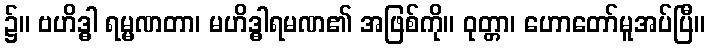
၌။ ဗဟိဒ္ဓါ ရမ္မဏတာ၊ မဟိဒ္ဓါရမဏ၏ အဖြစ်ကို။ ဝုတ္တာ၊ ဟောတော်မူအပ်ပြီ။